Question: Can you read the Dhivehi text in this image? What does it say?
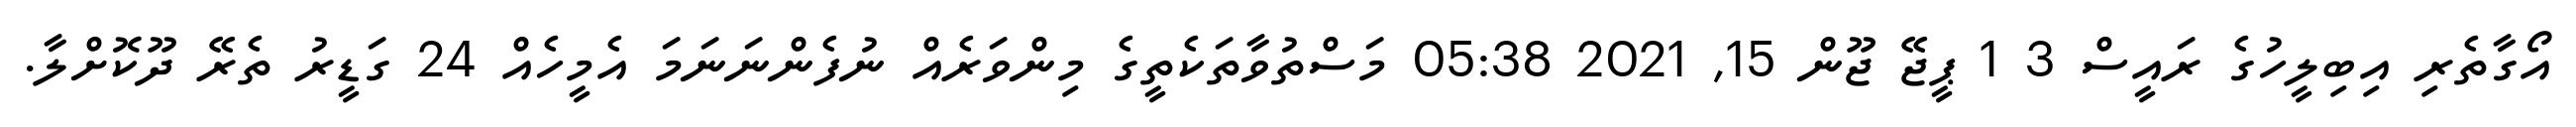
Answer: އޯގާތެރި އިބިލީހުގެ ރައީސް 3 1 ޕީޖޭ ޖޫން 15, 2021 05:38 މަސްތުވާތަކެތީގެ މިންވަރެއް ނުފެންނަނަމަ އެމީހެއް 24 ގަޑީރު ތެރޭ ދޫކޮށްލާ.